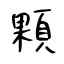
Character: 顆